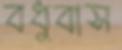
বধুবাস